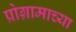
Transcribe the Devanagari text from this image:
प्रोग्रामाच्या